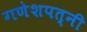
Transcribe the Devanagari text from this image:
गणेशपत्नी